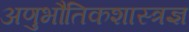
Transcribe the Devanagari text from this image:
अणुभौतिकशास्त्रज्ञ